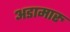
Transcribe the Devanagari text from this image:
अडामारु